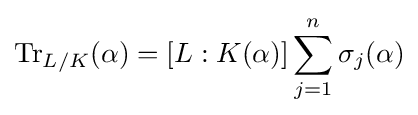
\operatorname {Tr} _{L/K}(\alpha )=[L:K(\alpha )]\sum _{j=1}^{n}\sigma _{j}(\alpha )